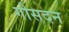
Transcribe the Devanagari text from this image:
गोसदन